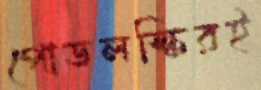
পোডলস্কিরই